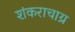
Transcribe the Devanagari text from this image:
शंकराचाय्र